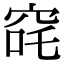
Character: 䆛